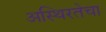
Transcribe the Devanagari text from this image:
अस्थिरतेचा